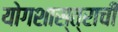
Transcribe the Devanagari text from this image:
योगशास्त्राची